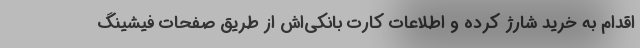
اقدام به خرید شارژ کرده و اطلاعات کارت بانکی‌اش از طریق صفحات فیشینگ